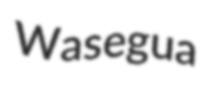
Wasegua